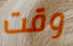
وقت